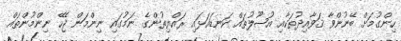
ހިންގުމަށް ބޭނުންވާ ޤަވާއިދުތަކާއި އުޞޫލުތައް ކަނޑައަޅައި ރައްޔިތުންގެ ނަމުގައި ނިންމަން ޖެހޭ ނިންމުންތައް